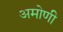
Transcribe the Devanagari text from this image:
अमोणी